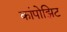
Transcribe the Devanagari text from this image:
कांपोझिट